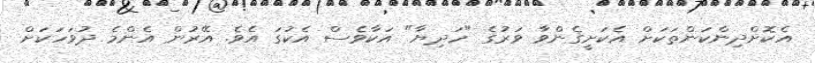
އެކޮށްދިންކަންތަކަށް އެކަށީގެންވާ ވަރުގެ "ހަދިޔާ" އަކާވެސް އެކުގަ އެވެ. އޭރުން އެންމެ ދުވަހަކަށް